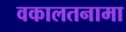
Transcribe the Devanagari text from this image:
वकालतनामा